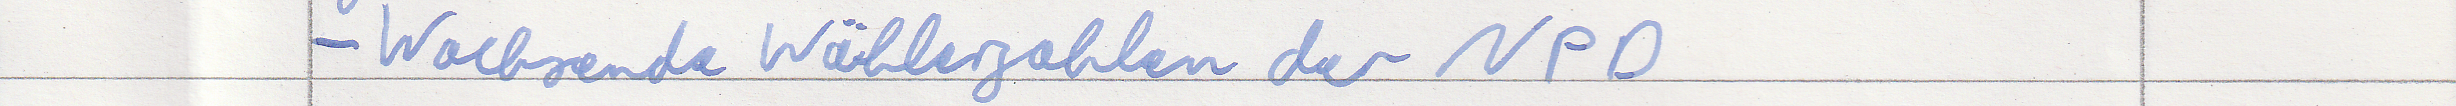
- Wachsende Wählerzahlen der NPD